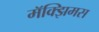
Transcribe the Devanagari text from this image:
मॅक्झिमस